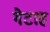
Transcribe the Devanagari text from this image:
गेटाह